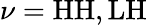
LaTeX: \nu=\mathrm{HH,LH}